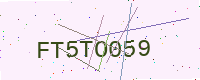
Text: FT5TO059